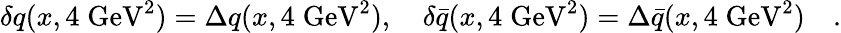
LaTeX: \delta q(x,4\; \mathrm{GeV}^{2})=\Delta q(x,4\; \mathrm{GeV}^{2}),\quad\delta\bar{q}(x,4\; \mathrm{GeV}^{2})=\Delta\bar{q}(x,4\; \mathrm{GeV}^{2})\quad.